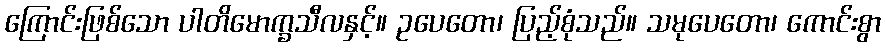
ကြောင်းဖြစ်သော ပါတိမောက္ခသီလနှင့်။ ဥပေတော၊ ပြည့်စုံသည်။ သမုပေတော၊ ကောင်းစွာ